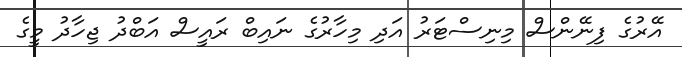
އޭރުގެ ފިނޭންސް މިނިސްޓަރު އަދި މިހާރުގެ ނައިބް ރައީސް އަބްދު ޖިހާދު މީގެ